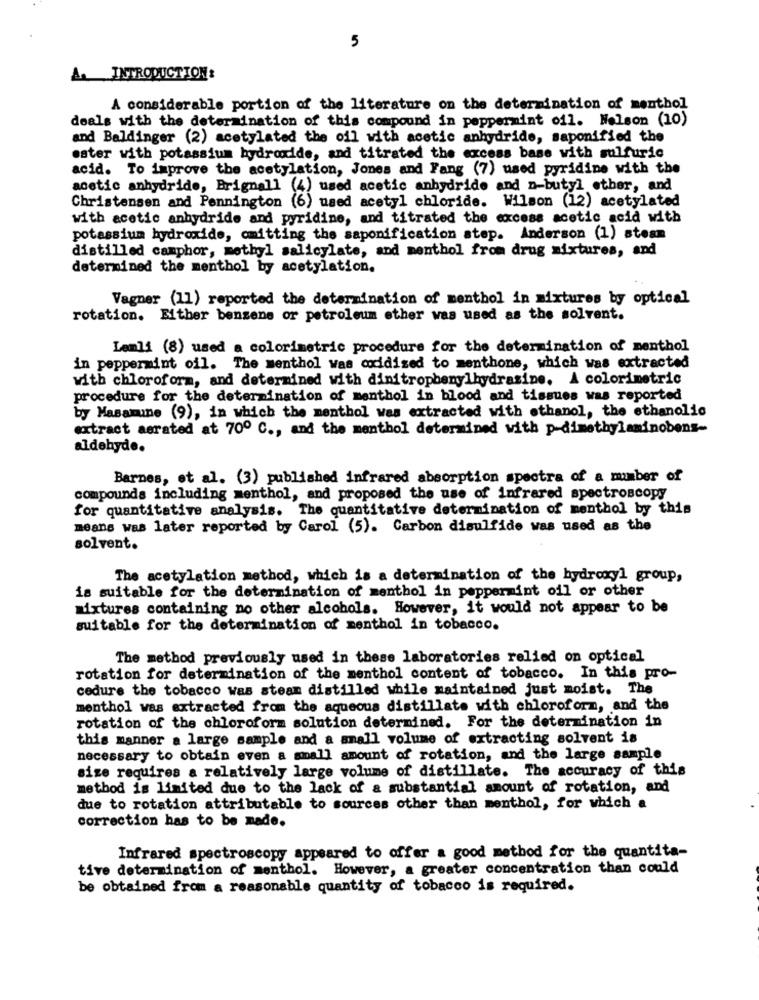
5
A. INTRODUCTION:
A considerable portion of the literature on the determination of menthol
deals with the determination of this compound in peppermint ofl. Nelson (10)
and Baldinger (2) acetylated the oil with acetic anhydride, saponified the
ester with potassium hydroxide, and titrated the excess base with sulfuric
acid. To improve the acetylation, Jones and Fang (7) used pyridine with the
acetic anhydride, Brignall (4) used acetic anhydride and n-butyl other, and
Christensen and Pennington (6) used acetyl chloride. Wilson (12) acetylated
with acetic anhydride and pyridine, and titrated the excess acetic acid with
potassium hydroxide, omitting the saponification step. Anderson (1) steam
distilled camphor, methyl salicylate, and menthol from drug mixtures, and
determined the menthol by acetylation.
Vagner (11) reported the determination of menthol in mixtures by optical
rotation. Either benzene or petroleum ether was used as the solvent.
Lemli (8) used a colorimetric procedure for the determination of menthol
in peppermint oil. The menthol was coxidized to menthone, which was extracted
with chloroform, and determined with dinitrophenylhydrazine. A colorimetric
procedure for the determination of menthol in blood and tissues was reported
by Masamune (9), in which the menthol was extracted with ethanol, the ethanolic
extract aerated at 70º C ., and the menthol determined with p-dimethylaminobens-
aldehyde.
Barnes, et al. (3) published infrared absorption spectra of a mimber of
compounds including menthol, and proposed the use of infrared spectroscopy
for quantitative analysis. The quantitative determination of menthol by this
means was later reported by Carol (5). Carbon disulfide was used as the
solvent.
The acetylation method, which is a determination of the hydroxyl group,
is suitable for the determination of menthol in peppermint oil or other
mixtures containing no other alcohols. However, it would not appear to be
suitable for the determination of menthol in tobacco.
The method previously used in these laboratories relied on optical
rotation for determination of the menthol content of tobacco. In this pro-
cedure the tobacco was steam distilled while maintained just moist. The
menthol was extracted from the aqueous distillate with chloroform, and the
rotation of the chloroform solution determined. For the determination in
this manner a large sample and a small volume of extracting solvent is
necessary to obtain even a small amount of rotation, and the large sample
size requires a relatively large volume of distillate. The accuracy of this
method is limited due to the lack of a substantial amount of rotation, and
due to rotation attributable to sources other than menthol, for which a
correction has to be made.
Infrared spectroscopy appeared to offer a good method for the quantita-
tive determination of menthol. However, a greater concentration than could
be obtained from a reasonable quantity of tobacco is required.